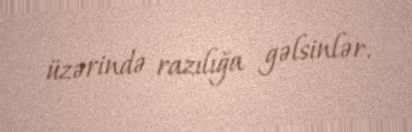
üzərində razılığa gəlsinlər.